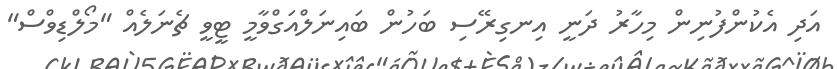
އަދި އެކުންފުނިން މިހާރު ދަނީ އިނގިރޭސި ބަހުން ބައިނަލްއަގްވާމީ ޓީވީ ޗެނަލެއް "މޯލްޑިވްސް"